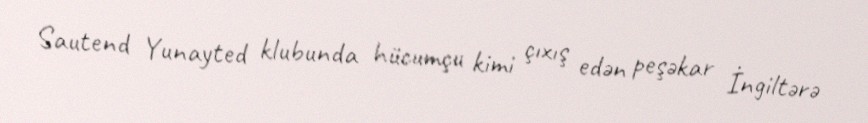
Sautend Yunayted klubunda hücumçu kimi çıxış edən peşəkar İngiltərə